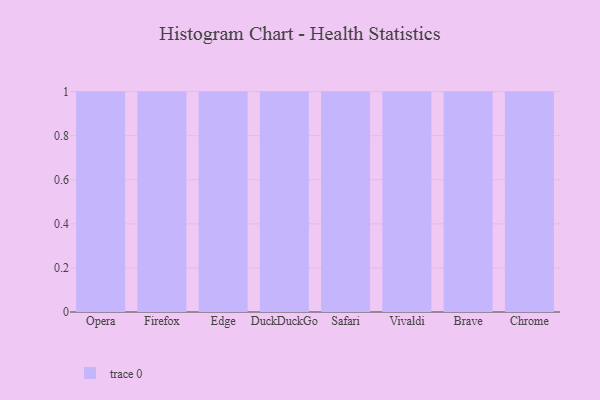
{"axis": {"x": "Browser", "y": "Humidity (%)"}, "legend": [""], "data": [{"x": "Opera", "y": 55, "type": ""}, {"x": "Firefox", "y": 26, "type": ""}, {"x": "Edge", "y": 98, "type": ""}, {"x": "DuckDuckGo", "y": 2, "type": ""}, {"x": "Safari", "y": 1, "type": ""}, {"x": "Vivaldi", "y": 46, "type": ""}, {"x": "Brave", "y": 3, "type": ""}, {"x": "Chrome", "y": 5, "type": ""}]}